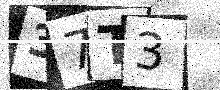
Text: 37T3